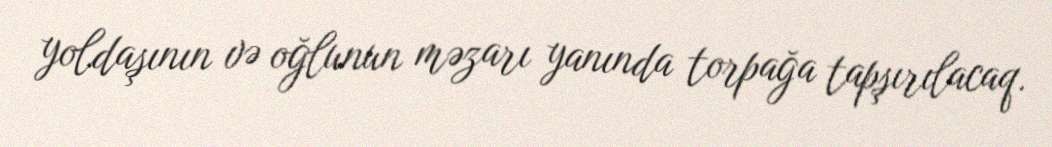
yoldaşının və oğlunun məzarı yanında torpağa tapşırılacaq.